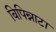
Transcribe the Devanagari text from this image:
बिपिन्नाटा